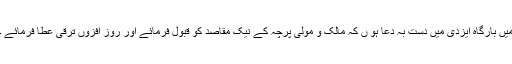
میں بارگاہِ ایزدی میں دست بہ دعا ہو ں کہ مالک و مولیٰ پرچہ کے نیک مقاصد کو قبول فرمائے اور روز افزوں ترقّی عطا فرمائے ۔